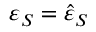
\varepsilon _ { S } = \hat { \varepsilon } _ { S }